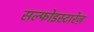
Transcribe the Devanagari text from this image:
सल्फोइस्टारेज़